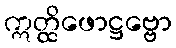
ဣတ္ထိဖောဋ္ဌဗ္ဗော